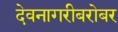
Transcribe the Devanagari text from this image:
देवनागरीबरोबर